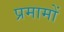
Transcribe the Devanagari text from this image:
प्रमामों